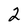
Character: 2